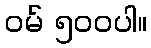
ဝမ် ၅၀၀ပါ။